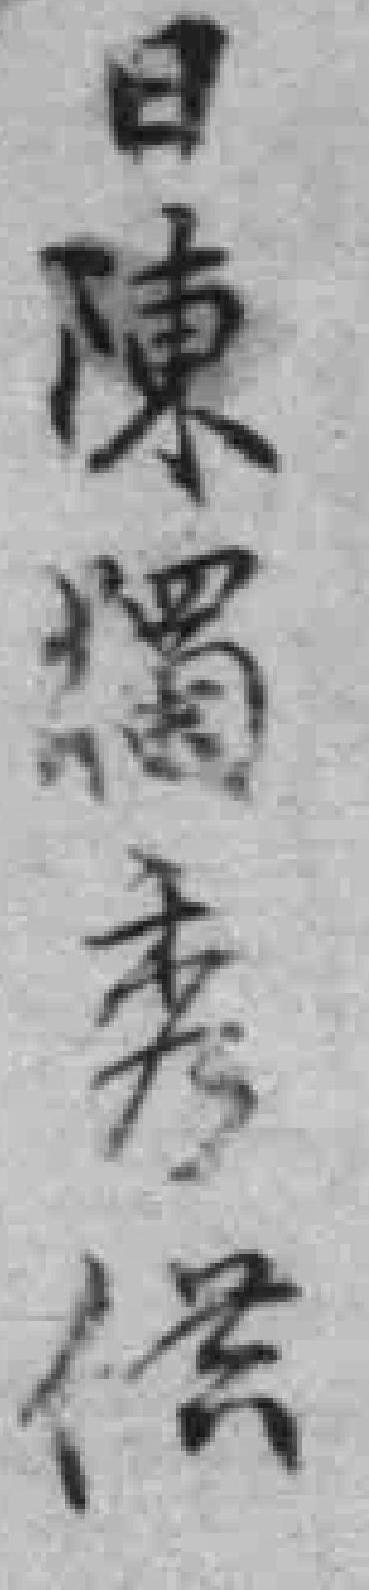
日陳獨秀供